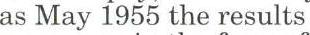
as May 1955 the results